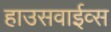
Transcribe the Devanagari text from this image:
हाउसवाईव्स